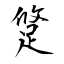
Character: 跾